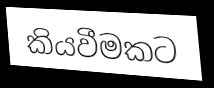
කියවීමකට